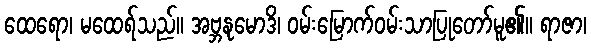
ထေရော၊ မထေရ်သည်။ အဗ္ဘနုမောဒိ၊ ဝမ်းမြောက်ဝမ်းသာပြုတော်မူ၏။ ရာဇာ၊